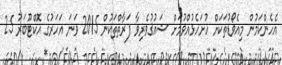
އެހެންކަމުން މިއެވޯޑުތަކަށް ހުށަހެޅުއްވުމަށް ޝައުޤުވެރިވާ ފަރާތްތަކުން 2015 ވަނަ އަހަރުގެ އޮކްޓޫބަރު 25